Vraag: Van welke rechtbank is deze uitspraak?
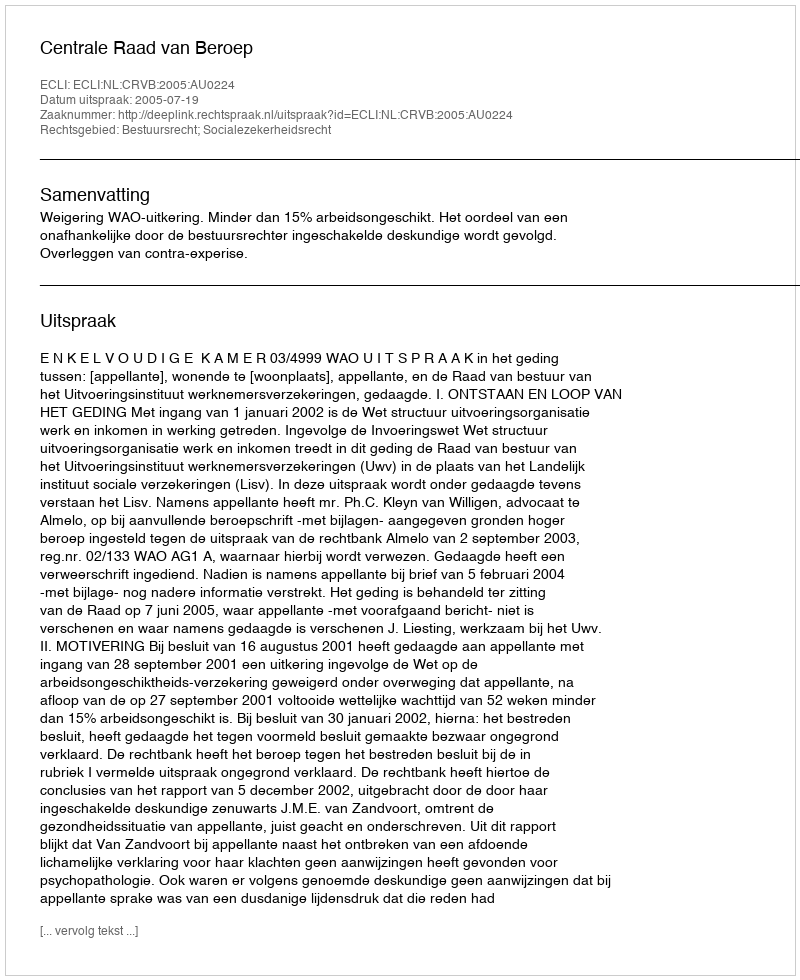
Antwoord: Centrale Raad van Beroep